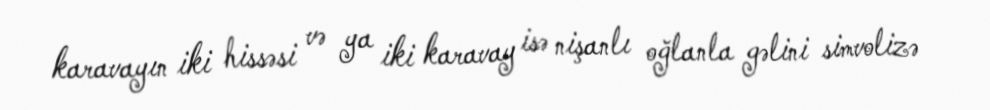
karavayın iki hissəsi və ya iki karavay isə nişanlı oğlanla gəlini simvolizə